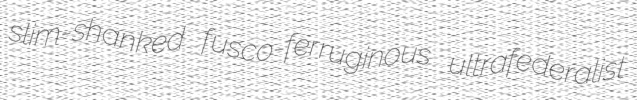
slim-shanked fusco-ferruginous ultrafederalist